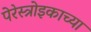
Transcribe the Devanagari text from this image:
पेरेस्त्रोइकाच्या